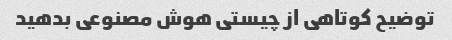
توضیح کوتاهی از چیستی هوش مصنوعی بدهید